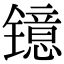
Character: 镱